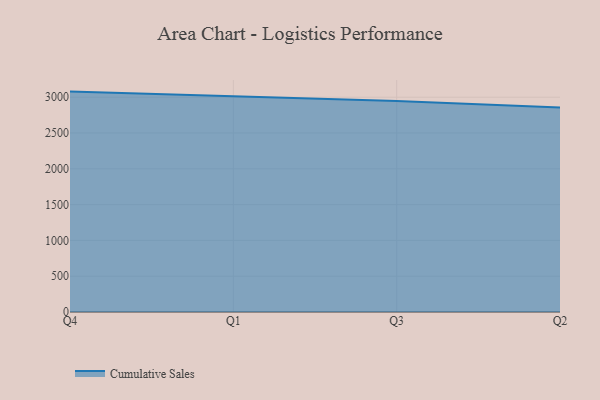
{"axis": {"x": "Quarter", "y": "Demand Index"}, "legend": ["Cumulative Sales"], "data": [{"x": "Q4", "y": 3078.1, "type": "Cumulative Sales"}, {"x": "Q1", "y": 3014.7, "type": "Cumulative Sales"}, {"x": "Q3", "y": 2947.1, "type": "Cumulative Sales"}, {"x": "Q2", "y": 2857.3, "type": "Cumulative Sales"}]}